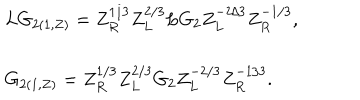
\begin{array} { l } { { L G _ { 2 ( 1 , Z ) } = Z _ { R } ^ { 1 / 3 } Z _ { L } ^ { 2 / 3 } L G _ { 2 } Z _ { L } ^ { - 2 / 3 } Z _ { R } ^ { - 1 / 3 } , } } \\ { { G _ { 2 ( 1 , Z ) } = Z _ { R } ^ { 1 / 3 } Z _ { L } ^ { 2 / 3 } G _ { 2 } Z _ { L } ^ { - 2 / 3 } Z _ { R } ^ { - 1 / 3 } . } } \\ \end{array}